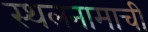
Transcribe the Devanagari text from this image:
स्थलनामाची